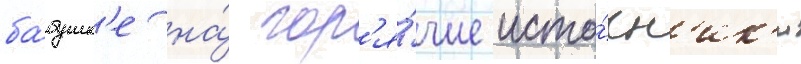
ба́бушк'е на́ гор'я́чие исто́чн'ик'и